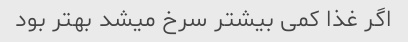
اگر غذا کمی بیشتر سرخ میشد بهتر بود